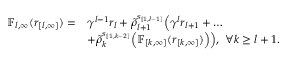
\begin{array} { r l } { \mathbb { F } _ { l , \infty } ( { r } _ { [ l , \infty ] } ) = } & { \gamma ^ { l - 1 } r _ { l } + \tilde { \rho } _ { l + 1 } ^ { s _ { [ 1 , l - 1 ] } } \Big ( \gamma ^ { l } r _ { l + 1 } + \ldots } \\ & { + \tilde { \rho } _ { k } ^ { s _ { [ 1 , k - 2 ] } } \Big ( \mathbb { F } _ { [ k , \infty ] } ( { r } _ { [ k , \infty ] } ) \Big ) \Big ) , \ \forall k \ge l + 1 . } \end{array}